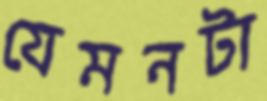
যেমনটা